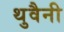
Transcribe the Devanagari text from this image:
थुवैनी